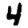
Digit: 4